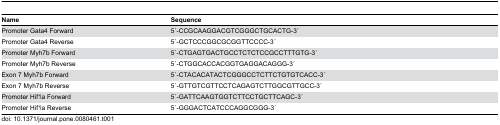
<table><thead><tr><td><b>Name</b></td><td><b>Sequence</b></td></tr></thead><tbody><tr><td>Promoter Gata4 Forward</td><td>5 ́-CCGCAAGGACGTCGGGCTGCACTG-3 ́</td></tr><tr><td>Promoter Gata4 Reverse</td><td>5 ́-GCTCCCGGCGCGGTTCCCC-3 ́</td></tr><tr><td>Promoter Myh7b Forward</td><td>5 ́-CTGAGTGACTGCCTCTCTCCGCCTTTGTG-3 ́</td></tr><tr><td>Promoter Myh7b Reverse</td><td>5 ́-CTGGCACCACGGTGAGGACAGGG-3 ́</td></tr><tr><td>Exon 7 Myh7b Forward</td><td>5 ́-CTACACATACTCGGGCCTCTTCTGTGTCACC-3 ́</td></tr><tr><td>Exon 7 Myh7b Reverse</td><td>5 ́-GTTGTCGTTCCTCAGAGTCTTGGCGTTGCC-3 ́</td></tr><tr><td>Promoter Hif1a Forward</td><td>5 ́-GATTCAAGTGGTCTTCCTGCTTCAGC-3 ́</td></tr><tr><td>Promoter Hif1a Reverse</td><td>5 ́-GGGACTCATCCCAGGCGGG-3 ́</td></tr></tbody></table>